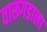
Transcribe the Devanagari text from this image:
वारूगडाला